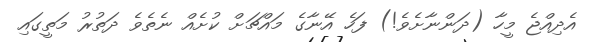
އެދިއްޖެ މީހާ (ދަންނާށެވެ!) ފަހެ އޭނާގެ މައްޗަށް ކުށެއް ނެތެވެ ދަތުރު މަތީގައި